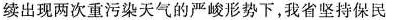
续出现两次重污染天气的严峻形势下，我省坚持保民